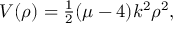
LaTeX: V ( \rho ) = { \textstyle { \frac { 1 } { 2 } } } ( \mu - 4 ) k ^ { 2 } \rho ^ { 2 } ,